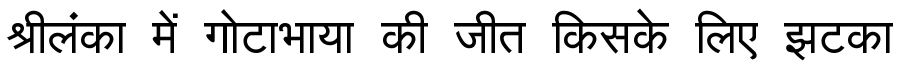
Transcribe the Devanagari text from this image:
श्रीलंका में गोटाभाया की जीत किसके लिए झटका